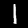
Label: 1